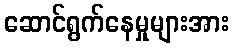
ဆောင်ရွက်နေမှုများအား